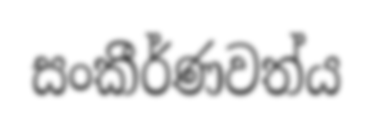
සංකීර්ණවත්ය